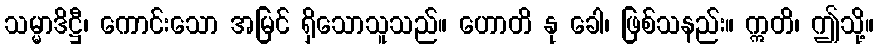
သမ္မာဒိဋ္ဌီ၊ ကောင်းသော အမြင် ရှိသောသူသည်။ ဟောတိ နု ခေါ၊ ဖြစ်သနည်း။ ဣတိ၊ ဤသို့။